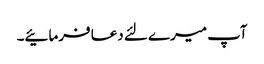
آپ میرے لئے دعا فرمائیے۔